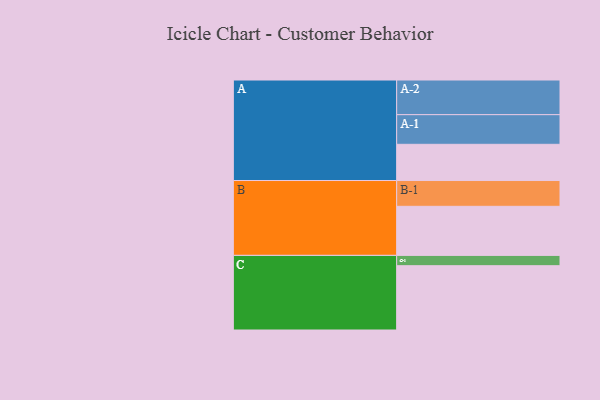
{"axis": {"x": "Segment", "y": "Value"}, "legend": ["", "A", "B", "C"], "data": [{"x": "A", "y": 302, "type": ""}, {"x": "B", "y": 409, "type": ""}, {"x": "C", "y": 536, "type": ""}, {"x": "A-1", "y": 247, "type": "A"}, {"x": "A-2", "y": 289, "type": "A"}, {"x": "B-1", "y": 215, "type": "B"}, {"x": "C-1", "y": 86, "type": "C"}]}